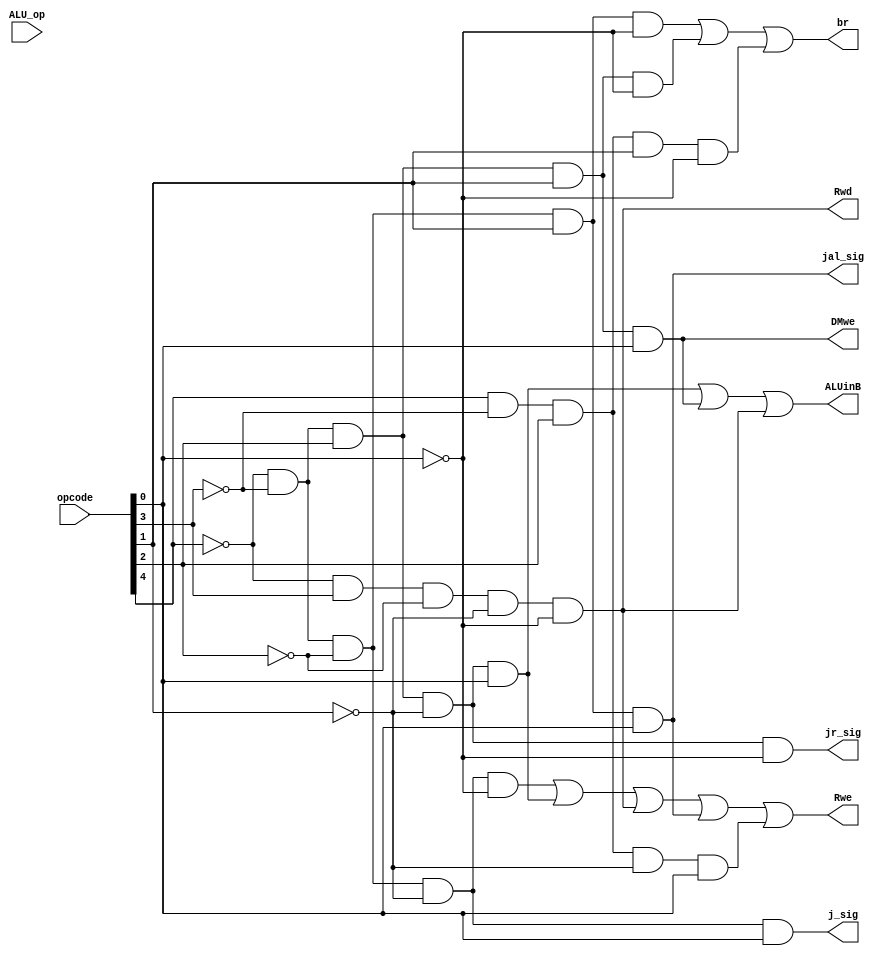
/***************************************************************************************************************/

module controls(opcode, ALU_op, Rwe, br, DMwe, ALUinB, Rwd, j_sig, jr_sig, jal_sig);

	input [4:0] opcode, ALU_op;
	output Rwe, br, DMwe, ALUinB, Rwd, j_sig, jr_sig, jal_sig;
	
	wire add, addi, sub, and_insn, or_insn, sll, sra, mul, div, sw, lw, j, bne, jal, jr, blt, bex, setx, custom_r;
	wire r_insn;
	wire ALU_add, ALU_sub, ALU_and, ALU_or, ALU_sll, ALU_sra, ALU_mul, ALU_div;
	
	assign r_insn 		= ~opcode[4] & ~opcode[3] & ~opcode[2] & ~opcode[1] & ~opcode[0];
//	
//	assign ALU_add 	= ~ALU_op[4] & ~ALU_op[3] & ~ALU_op[2] & ~ALU_op[1] & ~ALU_op[0];	//00000
//	assign ALU_sub 	= ~ALU_op[4] & ~ALU_op[3] & ~ALU_op[2] & ~ALU_op[1] &  ALU_op[0];	//00001
//	assign ALU_and 	= ~ALU_op[4] & ~ALU_op[3] & ~ALU_op[2] &  ALU_op[1] & ~ALU_op[0];	//00010
//	assign ALU_or	 	= ~ALU_op[4] & ~ALU_op[3] & ~ALU_op[2] &  ALU_op[1] &  ALU_op[0];	//00011
//	assign ALU_sll 	= ~ALU_op[4] & ~ALU_op[3] &  ALU_op[2] & ~ALU_op[1] & ~ALU_op[0];	//00100
//	assign ALU_sra 	= ~ALU_op[4] & ~ALU_op[3] &  ALU_op[2] & ~ALU_op[1] &  ALU_op[0];	//00101
//	assign ALU_mul 	= ~ALU_op[4] & ~ALU_op[3] &  ALU_op[2] &  ALU_op[1] & ~ALU_op[0];	//00110
//	assign ALU_div 	= ~ALU_op[4] & ~ALU_op[3] &  ALU_op[2] &  ALU_op[1] &  ALU_op[0];	//00111
	
	
//	assign add 			= r_insn && ALU_add;
	assign addi 		= ~opcode[4] & ~opcode[3] &  opcode[2] & ~opcode[1] &  opcode[0];	//00101
//	assign sub 			= r_insn && ALU_sub;
//	assign and_insn 	= r_insn && ALU_and;
//	assign or_insn 	= r_insn && ALU_or;
//	assign sll 			= r_insn && ALU_sll;
//	assign sra 			= r_insn && ALU_sra;
//	assign mul 			= r_insn && ALU_mul;
//	assign div 			= r_insn && ALU_div;
	
	assign sw			= ~opcode[4] & ~opcode[3] &  opcode[2] &  opcode[1] &  opcode[0];	//00111
	assign lw	 		= ~opcode[4] &  opcode[3] & ~opcode[2] & ~opcode[1] & ~opcode[0];	//01000
	
	assign j		 		= ~opcode[4] & ~opcode[3] & ~opcode[2] & ~opcode[1] &  opcode[0];	//00001
	assign bne	 		= ~opcode[4] & ~opcode[3] & ~opcode[2] &  opcode[1] & ~opcode[0];	//00010
	assign jal	 		= ~opcode[4] & ~opcode[3] & ~opcode[2] &  opcode[1] &  opcode[0];	//00011
	assign jr			= ~opcode[4] & ~opcode[3] &  opcode[2] & ~opcode[1] & ~opcode[0];	//00100
	assign blt	 		= ~opcode[4] & ~opcode[3] &  opcode[2] &  opcode[1] & ~opcode[0];	//00110
	
	assign bex			=  opcode[4] & ~opcode[3] &  opcode[2] &  opcode[1] & ~opcode[0];	//10110
	assign setx			=  opcode[4] & ~opcode[3] &  opcode[2] & ~opcode[1] &  opcode[0];	//10101
	assign custom_r 	=  1'b0; 																			//01000 - 11111 Change this later...
	

	assign Rwe 			= r_insn || addi || lw || jal || setx || custom_r;		//includes write to $rstatus
	assign br 			= bne || blt || bex;
	assign j_sig 		= j;
	assign DMwe			= sw;
	assign ALUinB 		= addi || sw || lw; 
	assign Rwd			= lw;
	assign jr_sig 		= jr;
	assign jal_sig 	= jal; // used to write to reg $31 and set PC = T.
	
	
endmodule

/***************************************************************************************************************/

//module controls_regfile(opcode, ALU_op, rd, rs, rt, jal, ctrl_readRegA, ctrl_readRegB, ctrl_writeReg);
//
//	input [4:0] opcode, ALU_op, rd, rs, rt;
//	input jal; 
//	output [4:0] ctrl_readRegA, ctrl_readRegB, ctrl_writeReg;
//	
//	wire r_insn;
//	
//	assign r_insn = (~opcode[4] & ~opcode[3] & ~opcode[2] & ~opcode[1] & ~opcode[0]);
//	assign ctrl_writeReg 	= jal ? 5'b01111 : rd[4:0];
//	assign ctrl_readRegA 	= rs[4:0];									// always read from rs
//	assign ctrl_readRegB    = r_insn ? rt[4:0] : rd[4:0];			// read from rt for R insn, else read from rd for I or JII insn.
//
//endmodule

/***************************************************************************************************************/

//module controls_dmem(opcode, wren);
//
//	input [4:0] opcode;
//	output wren;
//	
//	assign wren = (~opcode[4] & ~opcode[3] & opcode[2] &  opcode[1] &  opcode[0]); 		//sw
//
//endmodule


/***************************************************************************************************************/
//
//module controls_ALU(opcode, ALU_op, immediate, regfile_operandA, regfile_operandB, ALU_operandA, ALU_operandB);
//
//	input [4:0] opcode, ALU_op;
//	input [31:0] regfile_operandA, regfile_operandB;
//	input [16:0] immediate;
//	output [31:0] ALU_operandA, ALU_operandB;
//	
//	wire immed_insn;
//	wire [31:0] immediate_ext;
//	
//	signextender_16to32 my_se(immediate, immediate_ext);
//	
//	assign immed_insn =  (~opcode[4] & ~opcode[3] &  opcode[2] & ~opcode[1] &  opcode[0]) || // addi
//								(~opcode[4] & ~opcode[3] &  opcode[2] &  opcode[1] &  opcode[0]) || // sw
//								(~opcode[4] &  opcode[3] & ~opcode[2] & ~opcode[1] & ~opcode[0]);   // lw
//	
//	assign ALU_operandA = regfile_operandA[31:0];
//	
//	
//	assign ALU_operandB = immed_insn ? immediate_ext : regfile_operandB;
//
//endmodule

/***************************************************************************************************************/